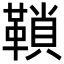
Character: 𩌆